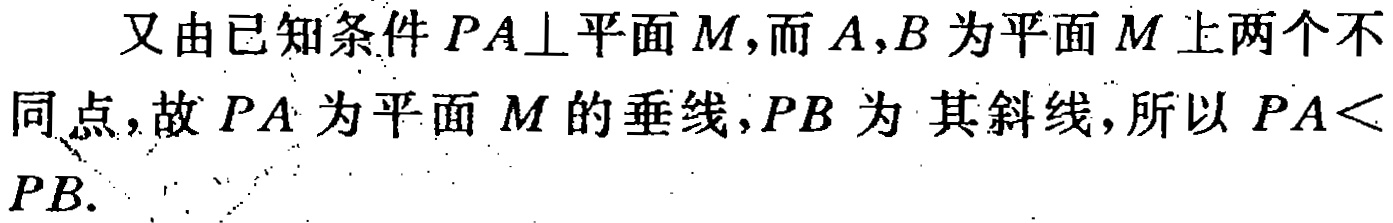
又由已知条件 \(PA\perp\)平面\(M\)，而\(A,B\)为平面\(M\)上两个不同点，故\(PA\)为平面\(M\)的垂线，\(PB\)为 其斜线，所以 \(PA< PB\).